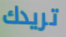
تريدك